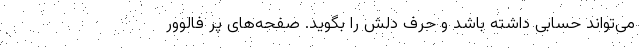
می‌تواند حسابی داشته باشد و‌ حرف دلش را بگوید. صفحه‌های پر فالوور